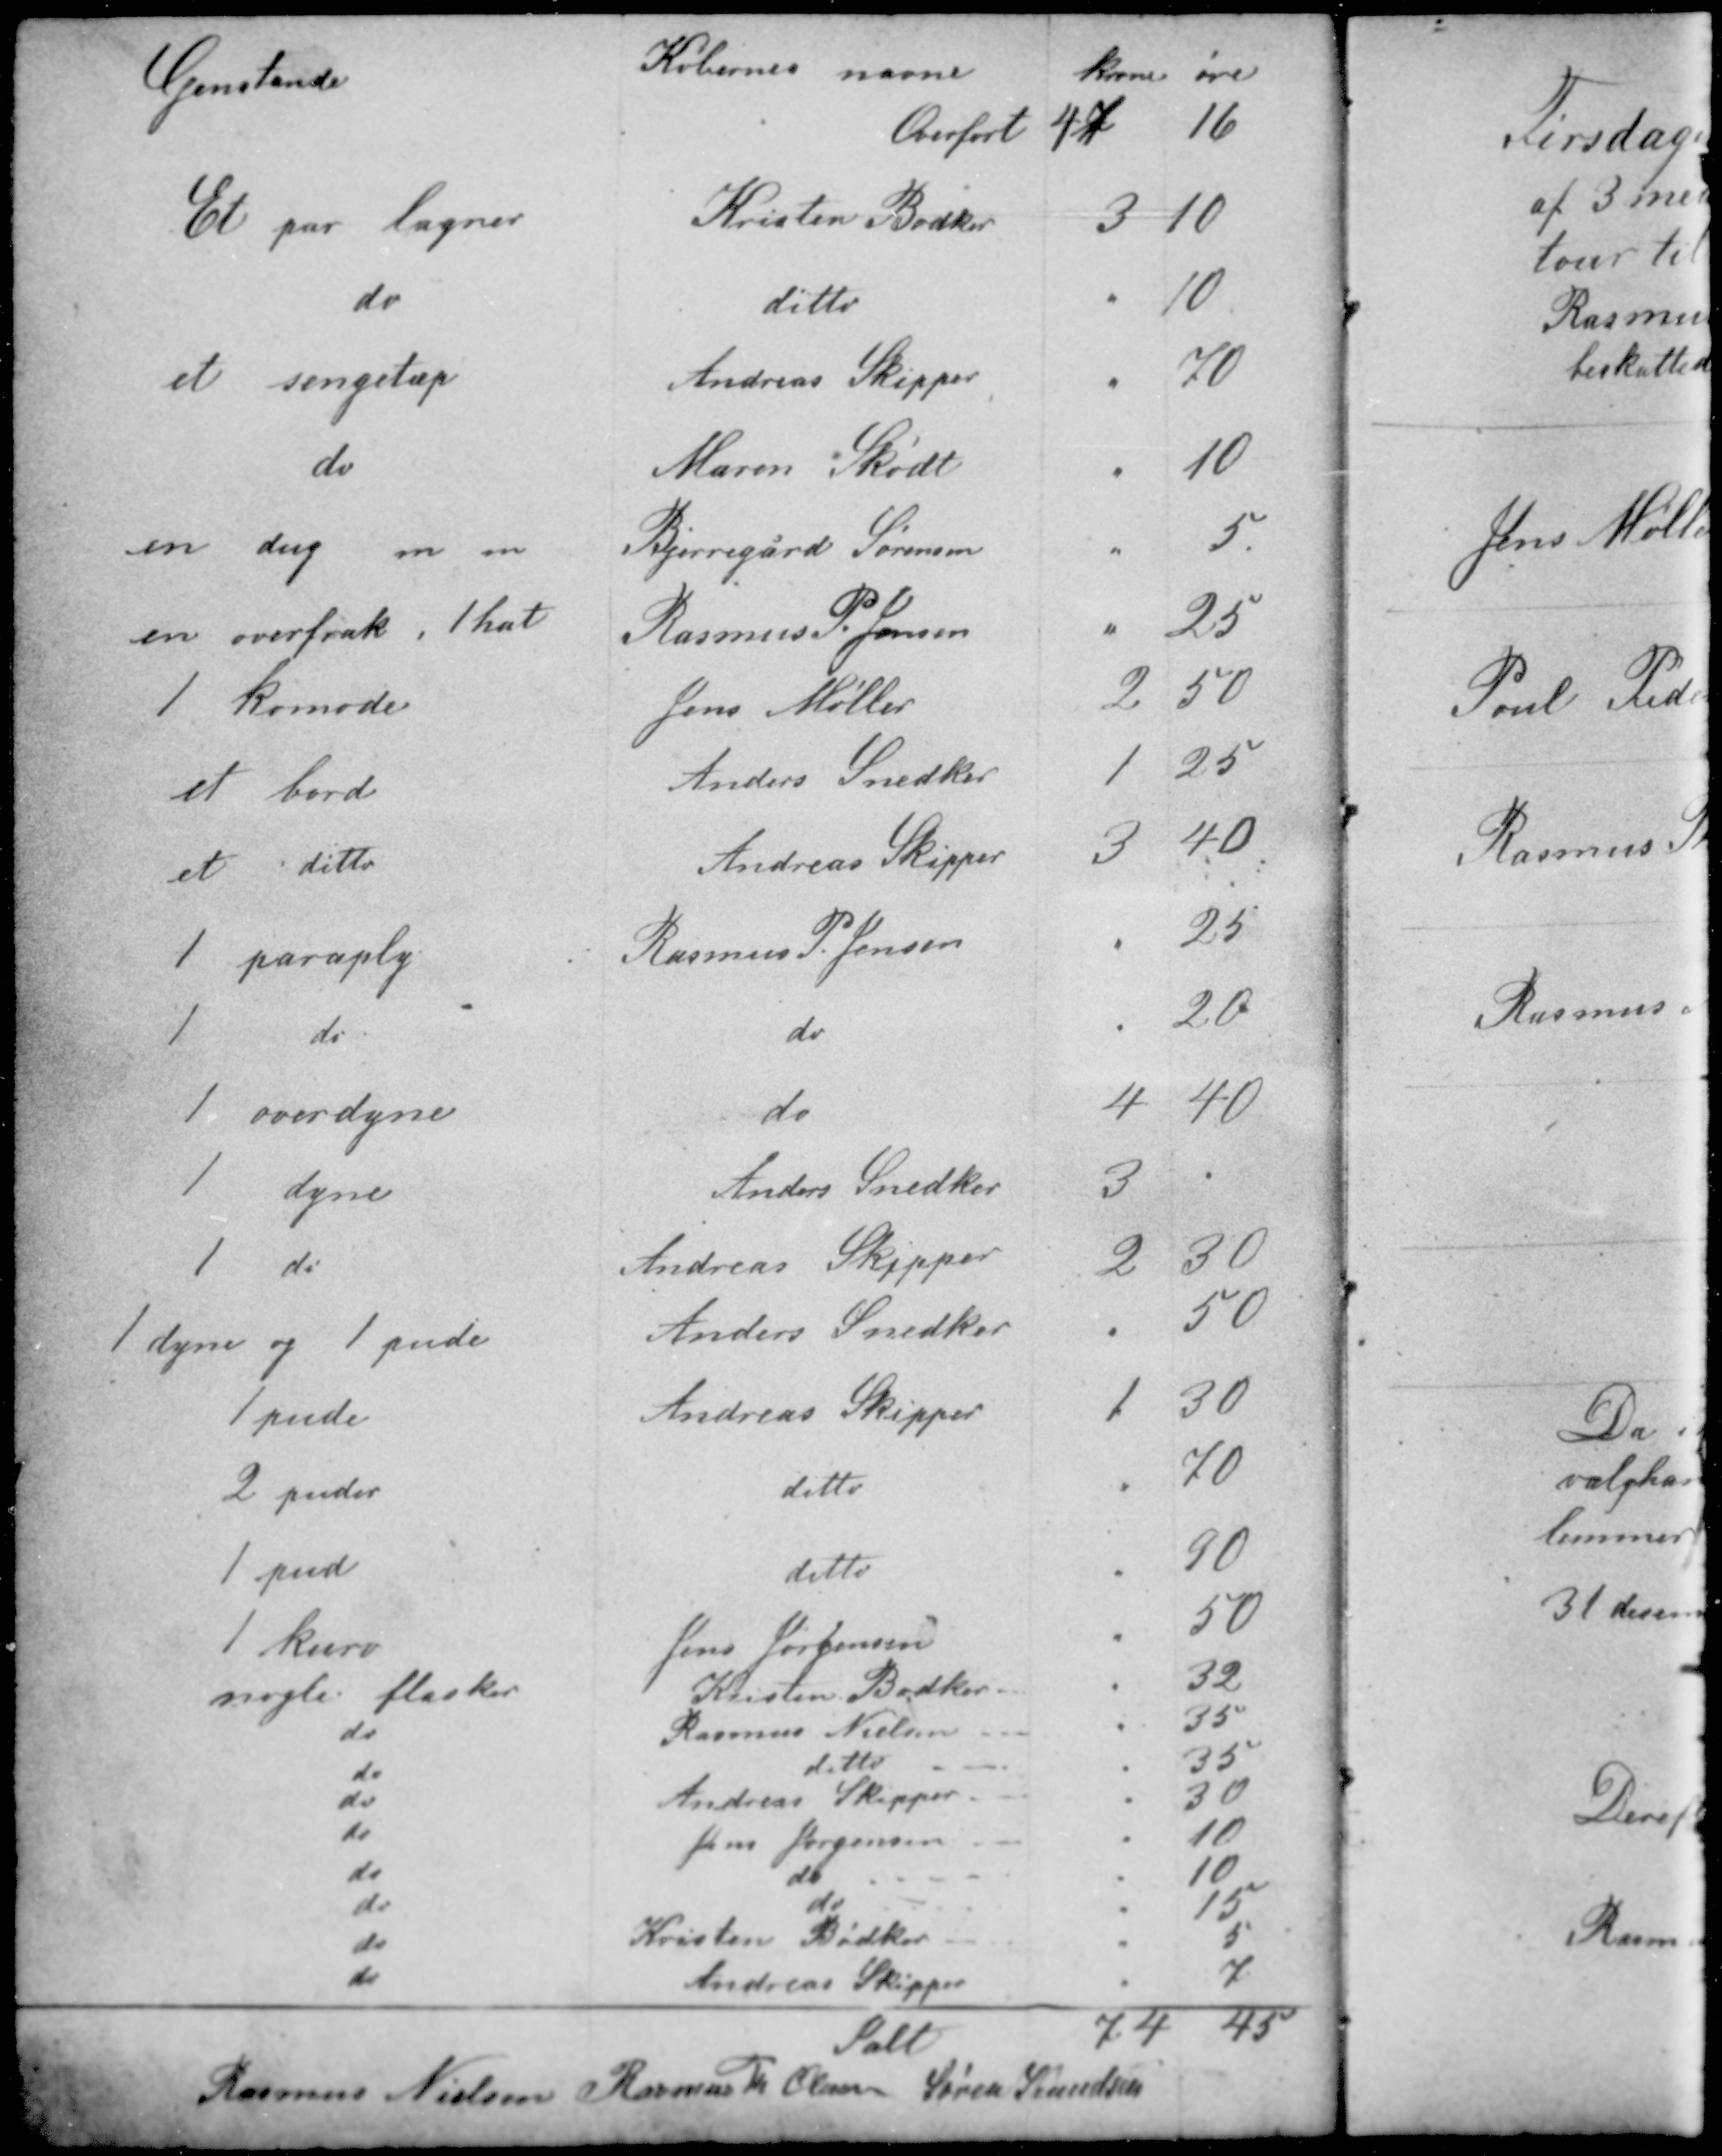
Transskription:
Rasmus Nielsen Rasmus Th Olesen Søren Knudsen